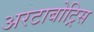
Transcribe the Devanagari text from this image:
अरटाबोट्रिस